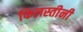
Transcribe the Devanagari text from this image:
फिलस्तीनी